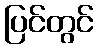
ပြင်တွင်